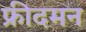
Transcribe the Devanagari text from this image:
फ्रीदमन